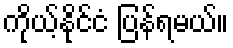
ကိုယ့်နိုင်ငံ ပြန်ရမယ်။